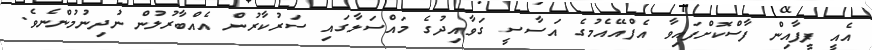
އެއީ ފީފާއިން ފާސްކޮށްފައިވާ އެފްއޭއެމުގެ އަސާސީ ގަވާއިދުގެ މައްސަލާގައި ސަރުކާރުން އެއްބާރުލުން ނުދިނުމުންނެވެ.